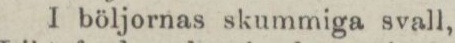
I böljornas skummiga svall,